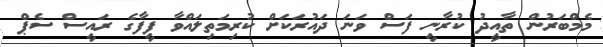
މެމްބަރުން ތާއީދު ކުރާނީ ފަސް ވަނަ ދައުރަކަށް ކުރިމަތިލައްވާ ފީފާގެ ރައީސް ސެޕް